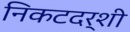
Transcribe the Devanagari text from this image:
निकटदर्शी